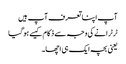
آپ اپنا تعرف آپ ہیں
ٹرٹرانے کی وجہ سے ذکام کیسے ہو گیا
یعنی بچہ ایک ہی اچھا۔